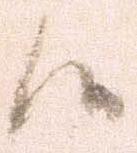
候